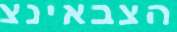
הצבאינצ